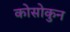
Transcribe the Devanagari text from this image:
कोसोकुन